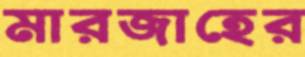
মারজাহের